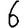
Digit: 6